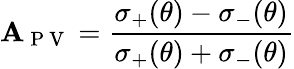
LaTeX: \mathbf{A}_{\mathrm{{~P~V~}}}=\frac{{\sigma_{+}(\theta)-\sigma_{-}(\theta)}}{{\sigma_{+}(\theta)+\sigma_{-}(\theta)}}